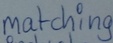
Text: matching